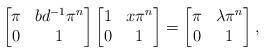
LaTeX: \begin{align*} \begin{bmatrix} \pi & bd^{-1}\pi^n \\ 0 & 1 \end{bmatrix} \begin{bmatrix} 1 & x\pi^n \\ 0 & 1 \end{bmatrix} = \begin{bmatrix} \pi & \lambda \pi^n \\ 0 & 1 \end{bmatrix}, \end{align*}